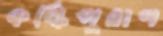
কল্কিপুরাণ